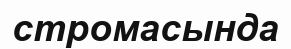
стромасында